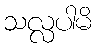
သလ္လပါမိ